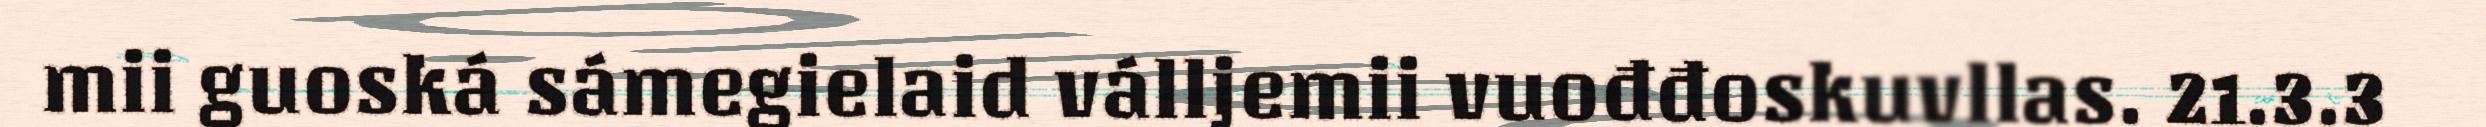
mii guoská sámegielaid válljemii vuođđoskuvllas. 21.3.3